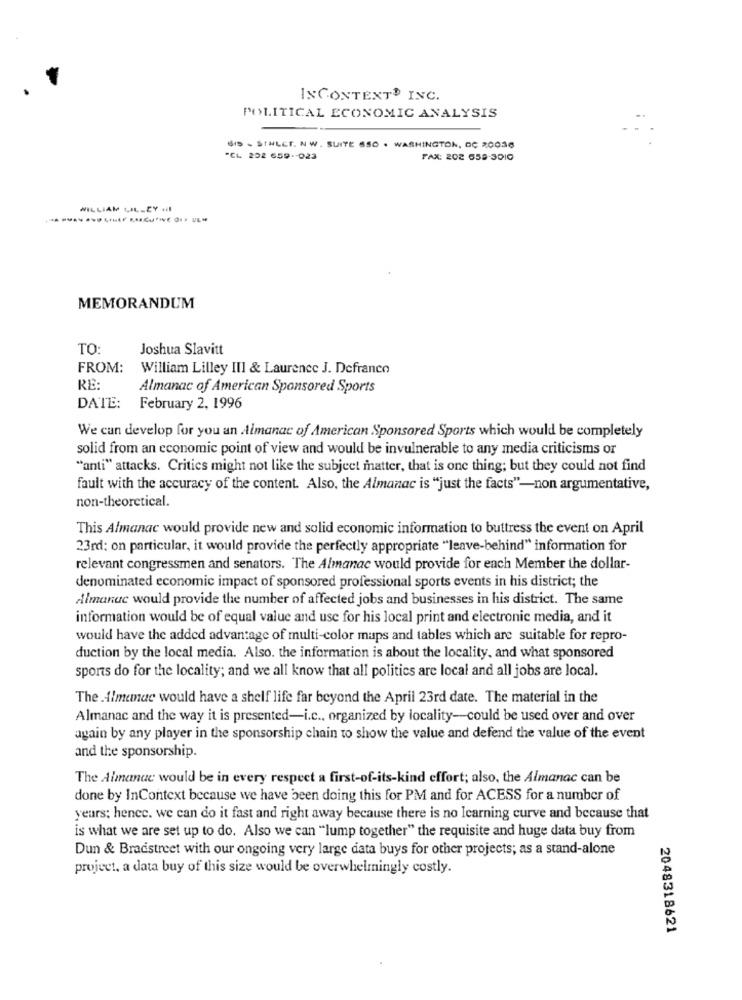
INCONTEXTO INC.
POLITICAL ECONOMIC ANALYSIS
SID - STHLET. N W. SUITE 650 . WASHINGTON, DC 20036
"CL 202 659 -- 023
FAX: 202 659-3010
WILLIAM UIL-CY HI
MEMORANDUM
TO:
Joshua Slavitt
FROM:
William Lilley III & Laurence J. Defranco
RE:
Almanac of American Sponsored Sports
DATE:
February 2, 1996
We can develop for you an imanac of American Sponsored Sports which would be completely
solid from an economic point of view and would be invulnerable to any media criticisms or
"anti" attacks. Critics might not like the subject matter, that is one thing; but they could not find
fault with the accuracy of the content. Also, the Almanac is "just the facts"-non argumentative,
non-theoretical.
This Almanac would provide new and solid economic information to buttress the event on April
23rd: on particular, it would provide the perfectly appropriate "leave-behind" information for
relevant congressmen and senators. The Almanac would provide for each Member the dollar-
denominated economic impact of sponsored professional sports events in his district; the
Almanac would provide the number of affected jobs and businesses in his district. The same
information would be of equal value and use for his local print and electronic media, and it
would have the added advantage of multi-color maps and tables which are suitable for repro-
duction by the local media. Also. the information is about the locality, and what sponsored
sports do for the locality; and we all know that all politics are local and all jobs are local.
The Almemac would have a shelf life far beyond the April 23rd date. The material in the
Almanac and the way it is presented-i.c ., organized by locality-could be used over and over
again by any player in the sponsorship chain to show the value and defend the value of the event
and the sponsorship.
The Almanac would be in every respect a first-of-its-kind effort; also, the Almanac can be
done by InContext because we have been doing this for PM and for ACESS for a number of
years; hence. we can do it fast and right away because there is no Icarning curve and because that
is what we are set up to do. Also we can "lump together" the requisite and huge data buy from
Dun & Bradstreet with our ongoing very large data buys for other projects; as a stand-alone
project, a data buy of this size would be overwhelmingly costly.
2048318621